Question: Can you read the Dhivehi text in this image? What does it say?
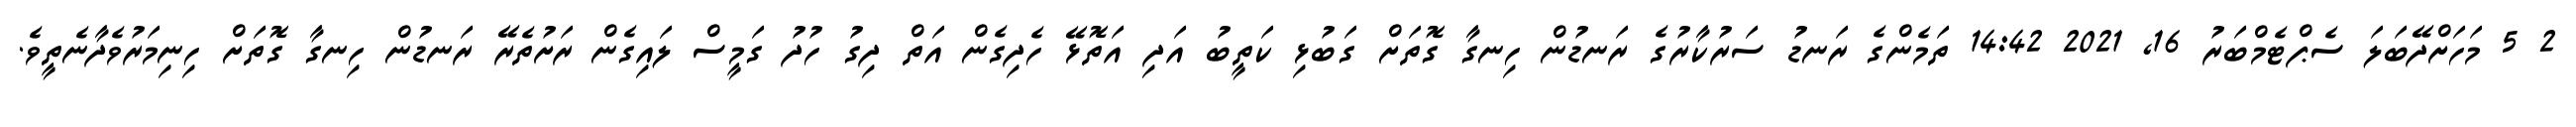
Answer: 2 5 މަހަށްދޭބަލަ ސެޕްޓެމްބަރު 16, 2021 14:42 ތަމެންގެ ރަނޑު ސަރުކާރުގެ ރަނޑުން ހިނގާ ގޮތަށް ގަބުޅި ކަތީބު އަދި އަތޮޅޭ ހެދިގެން އަތް ދިގު ހުދު ގަމީސް ލައިގެން ރަށުތެރޭ ރަނޑުން ހިނގާ ގޮތަށް ހިނިމަރުވެދާނެތީވެ.